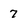
Character: 7